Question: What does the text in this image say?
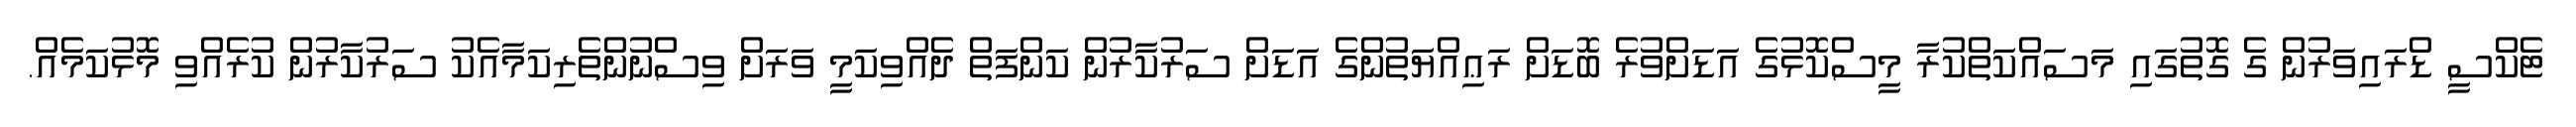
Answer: ޓެކްސީ ޑްރައިވަރުން ގެ ގޮތުގައި މަސައްކަތްކުރާ މީސްކޮޅުގެ އަޑަށްވުރެ ބޮޑަށް ރަޢިއްޔަތުންގެ އަޑަށް ސަރުކާރުން ކަންފަތް ދެއްވިކަމީ ވަރަށް ވިސްނުންތެރިކަމާއެކު ސަރުކާރުން ކުރެއްވި މޮޅުކަމެއް.